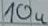
Text: 10u